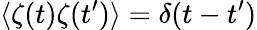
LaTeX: \langle\zeta(t)\zeta(t^{\prime})\rangle=\delta(t-t^{\prime})